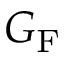
G _ { \mathrm { { F } } }